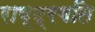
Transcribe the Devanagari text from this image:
राष्ट्रगति